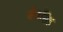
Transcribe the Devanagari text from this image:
जेत्रसिंह